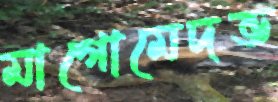
মাগোমেদভ